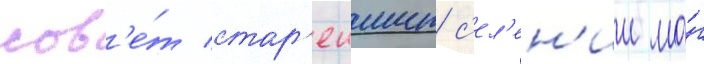
сов'е́т стар'еишин с'ел'ен'ии мо́г